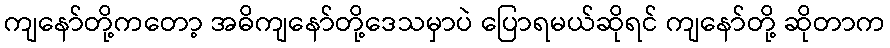
ကျနော်တို့ကတော့ အဓိကျနော်တို့ဒေသမှာပဲ ပြောရမယ်ဆိုရင် ကျနော်တို့ ဆိုတာက